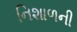
નિશાળની